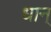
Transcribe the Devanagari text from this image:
धान्